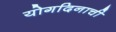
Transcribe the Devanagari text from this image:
योगदिनाची